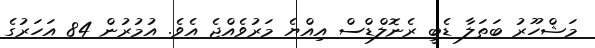
މަޝްހޫރު ބަތަލާ ޑެބީ ރެނޮލްޑްސް އިއްޔެ މަރުވެއްޖެ އެވެ. އުމުރުން 84 އަހަރުގެ